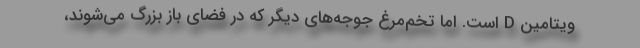
ویتامین D است. اما تخم‌مرغ جوجه‌های دیگر که در فضای باز بزرگ می‌شوند،